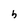
Character: h